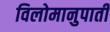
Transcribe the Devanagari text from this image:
विलोमानुपाती